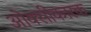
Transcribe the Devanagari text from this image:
ओक्सीकारक